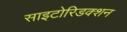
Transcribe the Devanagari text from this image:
साइटोरिडक्शन